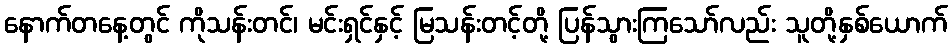
နောက်တနေ့တွင် ကိုသန်းတင်၊ မင်းရှင်နှင့် မြသန်းတင့်တို့ ပြန်သွားကြသော်လည်း သူတို့နှစ်ယောက်